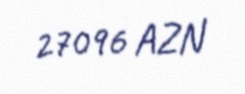
27096 AZN